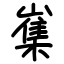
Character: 㠍